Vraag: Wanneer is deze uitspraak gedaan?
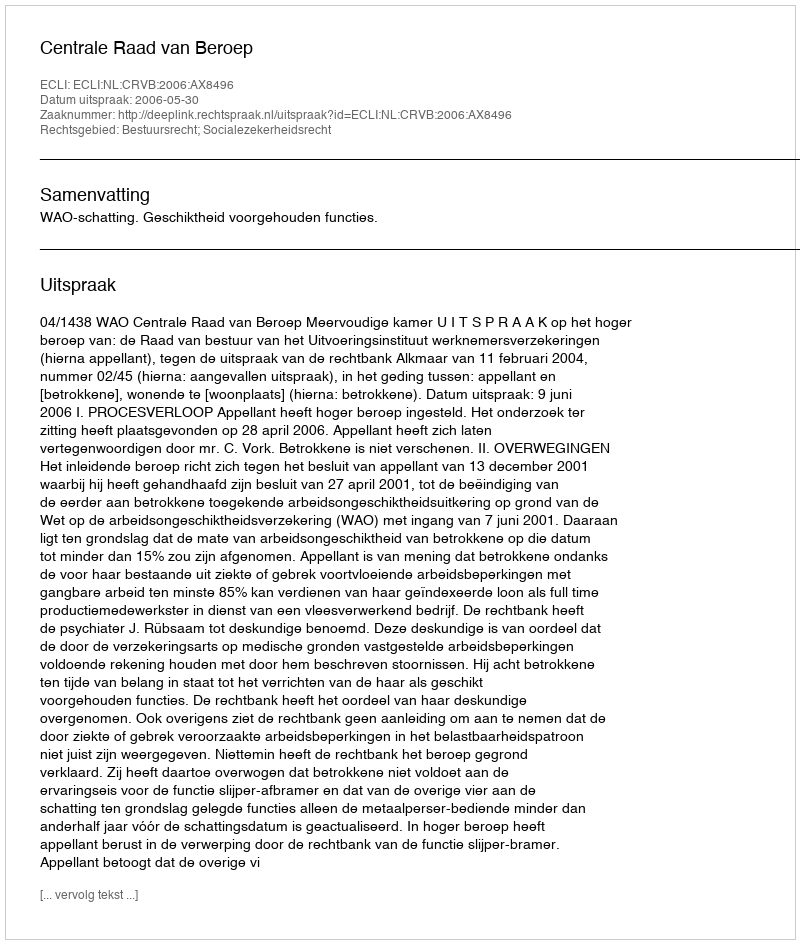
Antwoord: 2006-05-30